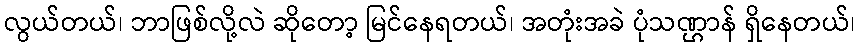
လွယ်တယ်၊ ဘာဖြစ်လို့လဲ ဆိုတော့ မြင်နေရတယ်၊ အတုံးအခဲ ပုံသဏ္ဌာန် ရှိနေတယ်၊